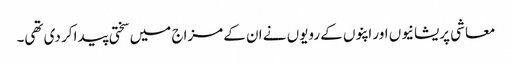
معاشی پریشانیوں اور اپنوں کے رویوں نے ان کے مزاج میں سختی پیدا کر دی تھی۔